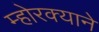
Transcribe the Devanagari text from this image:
म्होरक्याने